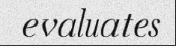
evaluates